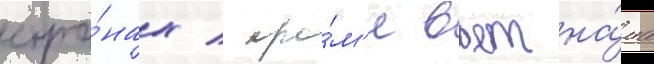
стра́нах / кро́м'е вьетна́ма